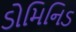
ડોમિનિડ